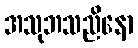
အသုဘသညိနော